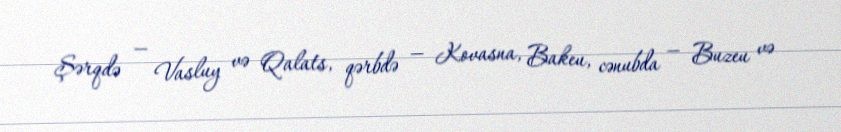
Şərqdə — Vasluy və Qalats, qərbdə — Kovasna, Bakeu, cənubda — Buzeu və